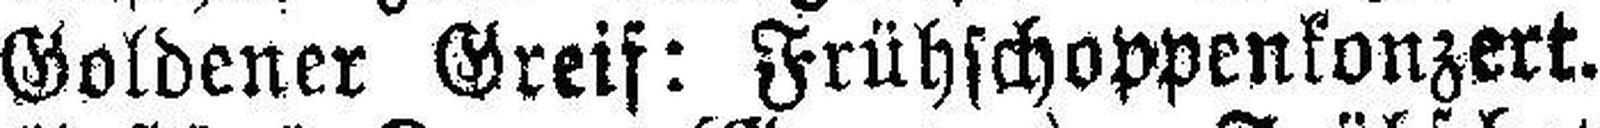
Goldener Greif: Frühschoppenkonzert.